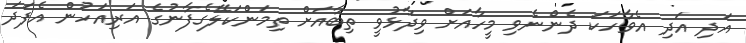
އަދި އަދި އެވާހަކަ ދެންނެވި މީހާއަށް ވިދާޅުވީ ތިބާއަށް ތިމަންކަލޭގެފާނުގެ އަރިއަހުން އެފަދަ